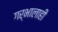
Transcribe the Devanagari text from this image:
गर्भालाही